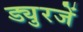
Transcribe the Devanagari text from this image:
ड्युरजें